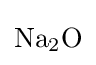
{\mathrm {Na} {\vphantom {A}}_{\smash[{t}]{2}}\mathrm {O} }